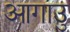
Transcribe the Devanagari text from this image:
आगाउु